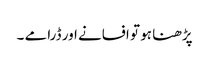
پڑھنا ہو تو افسانے اور ڈرامے ۔